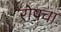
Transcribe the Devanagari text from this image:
रोपचा